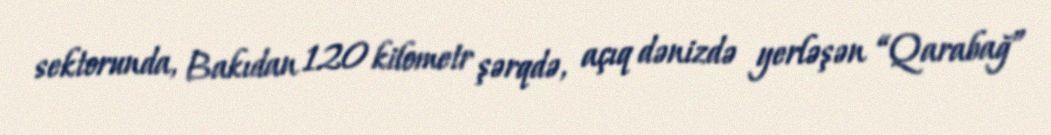
sektorunda, Bakıdan 120 kilometr şərqdə, açıq dənizdə yerləşən “Qarabağ”